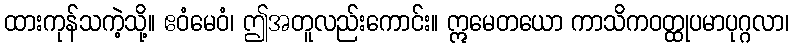
ထားကုန်သကဲ့သို့။ ဧဝံမေဝံ၊ ဤအတူလည်းကောင်း။ ဣမေတယော ကာသိကဝတ္ထုပမာပုဂ္ဂလာ၊